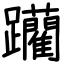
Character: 躪